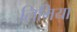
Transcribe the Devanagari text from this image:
लिमिया